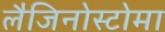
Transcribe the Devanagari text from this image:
लैजिनोस्टोमा